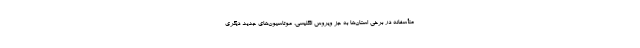
متأسفانه در برخی استان‌ها به جز ویروس انگلیسی، موتاسیون‌های جدید دیگری